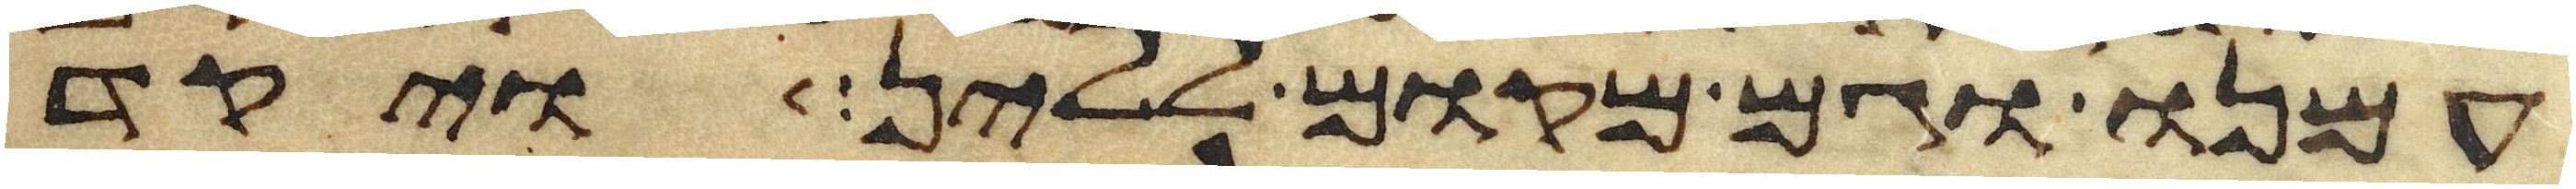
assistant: עמנו וגם מקום ללין ויקד